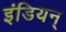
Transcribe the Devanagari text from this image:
इंडियन्